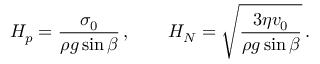
H _ { p } = \frac { \sigma _ { 0 } } { \rho g \sin \beta } \, , \quad \quad H _ { N } = \sqrt { \frac { 3 \eta v _ { 0 } } { \rho g \sin \beta } } \, .